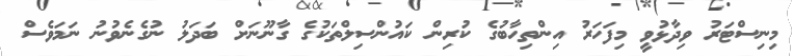
މިނިސްޓަރު ވިދާޅުވީ މިފަހަރު އިންތިހާބުގެ ކުރިން ކައުންސިލްތަކުގެ ގާނޫނަށް ބަދަލު ނުގެނެވުނު ނަމަވެސް